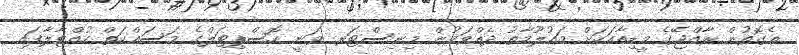
އެގޮތުން ރާއްޖޭގެ މީޑިއާއަކަށް މައުލޫމާތު ދެއްވަމުން މިނިސްޓަރ ވަނީ ހޮސްޕިޓަލްގެ މަސައްކަތް ހުއްޓާލާފައި